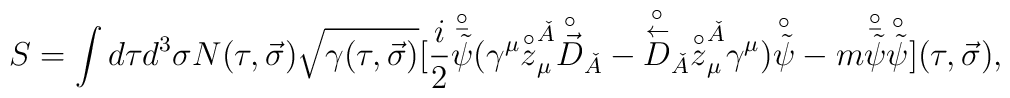
S=\int d\tau d^3\sigma N(\tau ,\vec \sigma )\sqrt{\gamma(\tau ,\vec \sigma )}[{i\over 2}{\buildrel \circ \over {\bar {\tilde \psi}}}(\gamma^{\mu}{\buildrel \circ \over z}^{\check A}_{\mu}{\buildrel \circ \over{\vec D}}_{\check A}-{\buildrel \circ \over {\buildrel \leftarrow \over D}}_{\check A}{\buildrel \circ \over z}^{\check A}_{\mu}\gamma^{\mu}) {\buildrel\circ \over {\tilde \psi}}-m{\buildrel \circ \over {\bar {\tilde \psi}}}{\buildrel \circ \over{\tilde \psi}}](\tau ,\vec \sigma ),